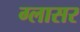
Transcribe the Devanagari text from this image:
ग्लासर